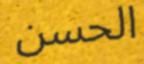
الحسن